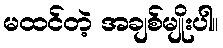
မထင်တဲ့ အချစ်မျိုးပါ။